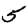
Digit: 5